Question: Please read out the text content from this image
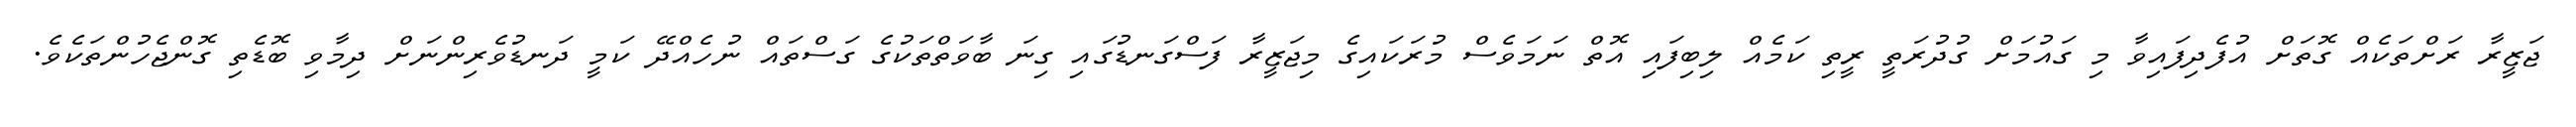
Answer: ޖަޒީރާ ރަށްތަކެއް ގޮތަށް އުފެދިފައިވާ މި ގައުމަށް ގުދުރަތީ ރީތި ކަމެއް ލިބިފައި އޮތް ނަމަވެސް މުރަކައިގެ މިޖަޒީރާ ފަސްގަނޑުގައި ގިނަ ބާވަތްތަކުގެ ގަސްތައް ނުހެއްދޭ ކަމީ ދަނޑުވެރިންނަށް ދިމާވި ބޮޑެތި ގޮންޖެހުންތަކެވެ.